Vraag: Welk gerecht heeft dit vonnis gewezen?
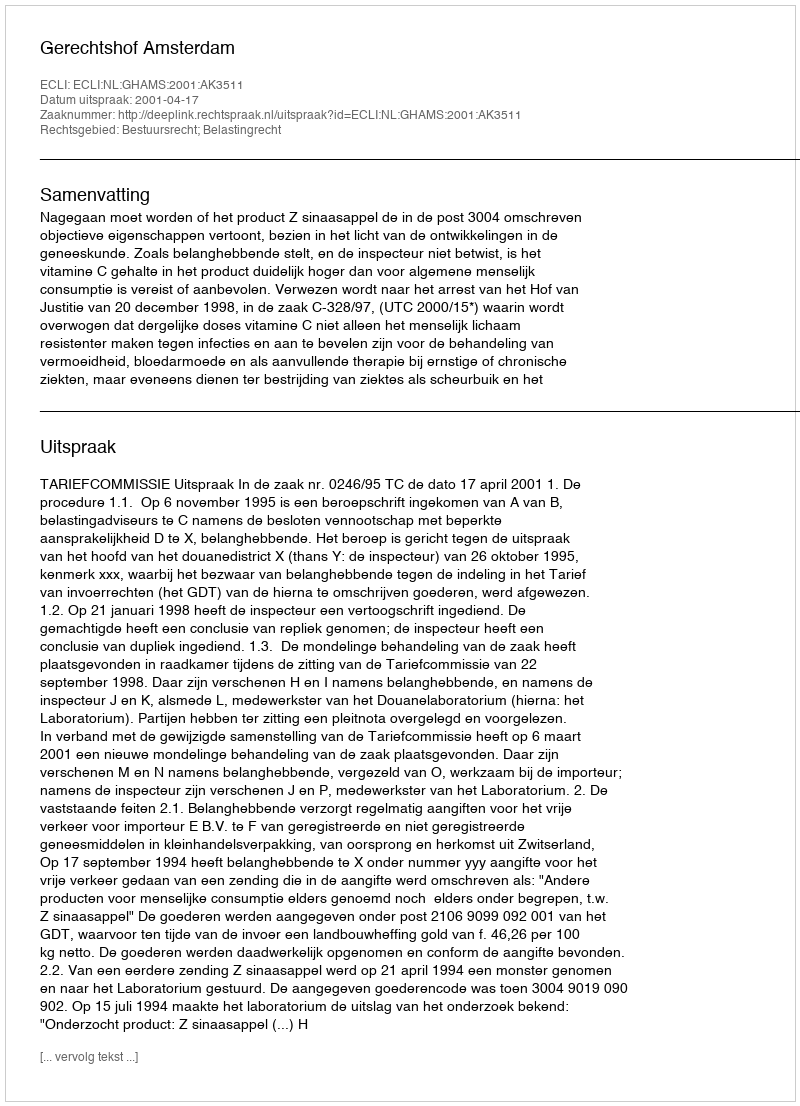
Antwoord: Gerechtshof Amsterdam